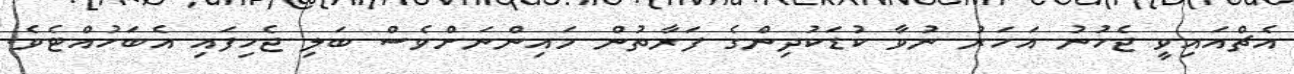
އެޗްއައިވީ ޖެހުނު އަހަރު ނުވާ ކުޑަކުދިންގެ ފަރާތުން މައިންނަށްވެސް ބަލި ޖެހިފައި އެބަހުއްޓެވެ.